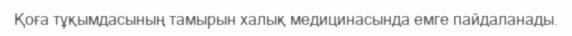
Қоға тұқымдасының тамырын халық медицинасында емге пайдаланады.